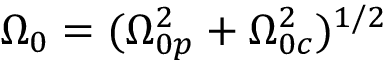
\Omega _ { 0 } = ( \Omega _ { 0 p } ^ { 2 } + \Omega _ { 0 c } ^ { 2 } ) ^ { 1 / 2 }